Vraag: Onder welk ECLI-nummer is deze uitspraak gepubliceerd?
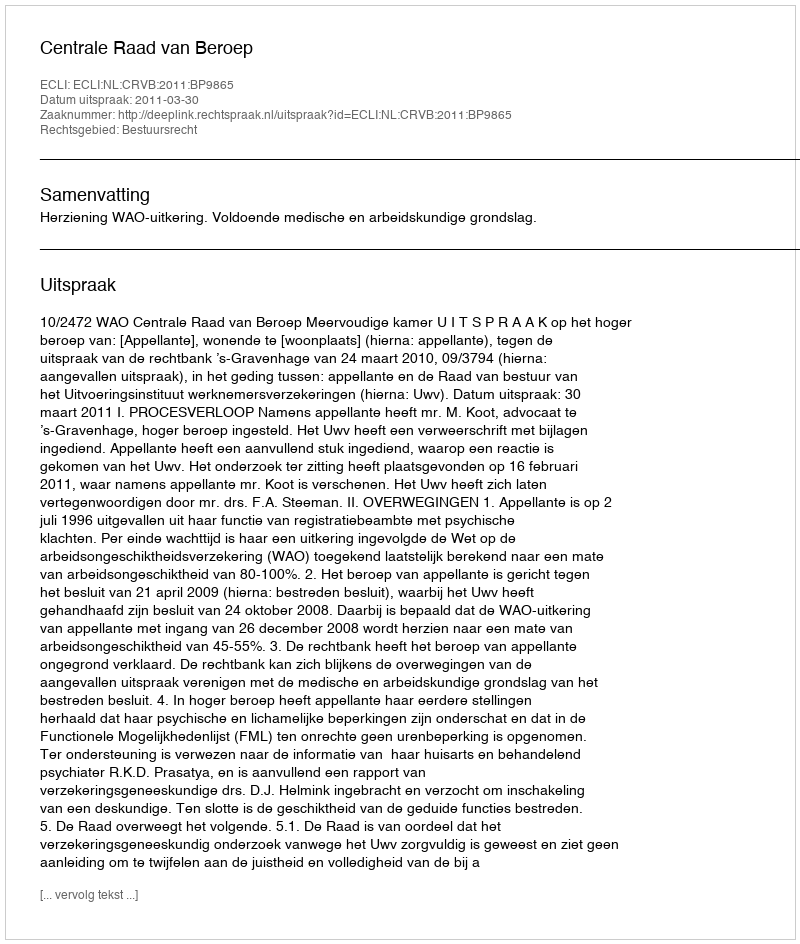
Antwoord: ECLI:NL:CRVB:2011:BP9865